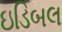
ઇડિબલ